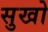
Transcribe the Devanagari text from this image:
सुखो